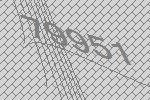
79951